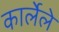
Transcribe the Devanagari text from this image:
कार्लेले